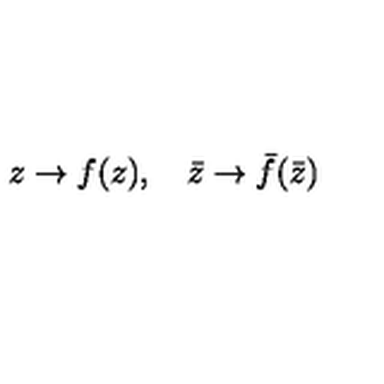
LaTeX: z \rightarrow f ( z ) , \quad \bar { z } \rightarrow \bar { f } ( \bar { z } )